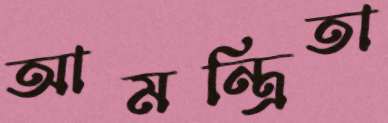
আমন্ত্রিতা